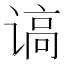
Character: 𰵿